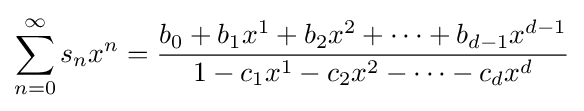
\sum _{n=0}^{\infty }s_{n}x^{n}={\frac {b_{0}+b_{1}x^{1}+b_{2}x^{2}+\dots +b_{d-1}x^{d-1}}{1-c_{1}x^{1}-c_{2}x^{2}-\dots -c_{d}x^{d}}}